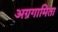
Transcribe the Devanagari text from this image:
अग्रगामिता